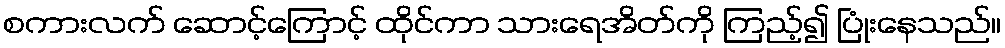
စကားလက် ဆောင့်ကြောင့် ထိုင်ကာ သားရေအိတ်ကို ကြည့်၍ ပြုံးနေသည်။